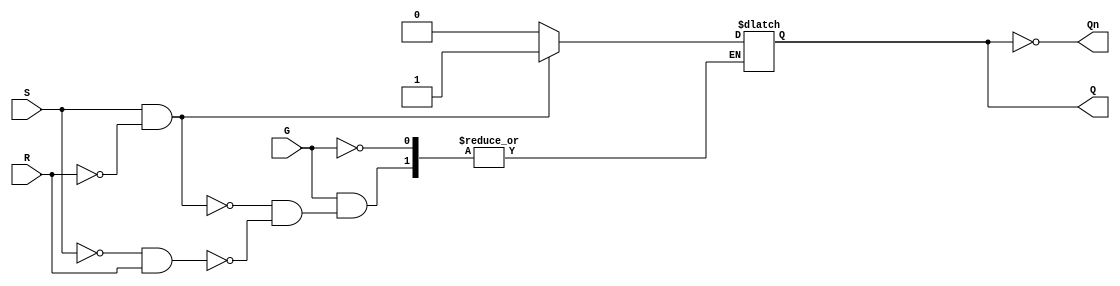
module gated_sr_latch (
    input wire S,      // Set input
    input wire R,      // Reset input
    input wire G,      // Enable signal
    output reg Q,      // Primary output
    output wire Qn     // Complementary output
);

    assign Qn = ~Q;    // Q' is the inverse of Q

    always @ (G, S, R) begin
        if (G) begin
            if (S && ~R) begin
                Q <= 1;  // Set Q to 1
            end else if (~S && R) begin
                Q <= 0;  // Reset Q to 0
            end
            // If both S and R are low, Q retains its previous state.
            // If both S and R are high, this is an invalid state.
        end
        // When G is low, the latch retains its previous state.
    end

endmodule